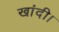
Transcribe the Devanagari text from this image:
खांदी।